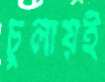
চুলায়ই